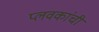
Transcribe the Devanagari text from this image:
प्लवकांची